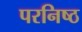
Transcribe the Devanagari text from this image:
परनिष्ठ